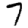
Digit: 7